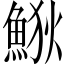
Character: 𩷎